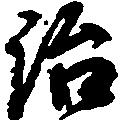
治